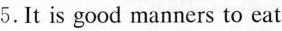
5.It is good manners to eat